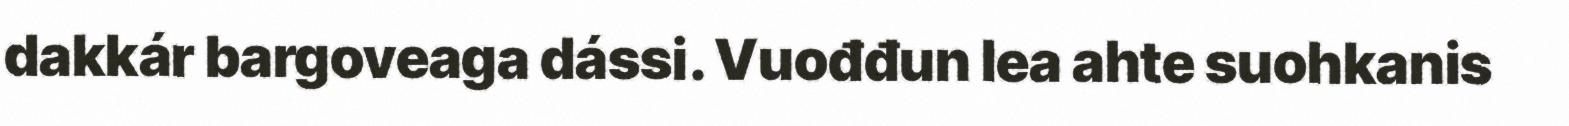
dakkár bargoveaga dássi. Vuođđun lea ahte suohkanis